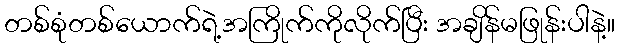
တစ်စုံတစ်ယောက်ရဲ့အကြိုက်ကိုလိုက်ပြီး အချိန်မဖြုန်းပါနဲ့။